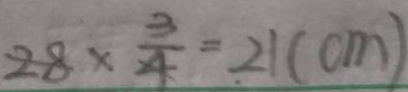
2 8 \times \frac { 3 } { 4 } = 2 1 ( c m )